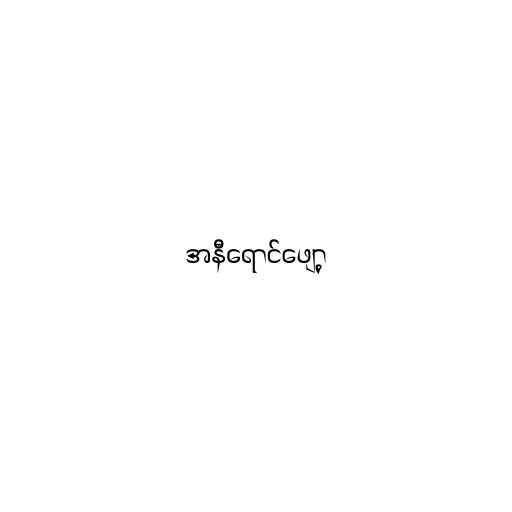
အနီရောင်ဖျော့